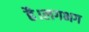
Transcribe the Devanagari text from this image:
है।लगभग